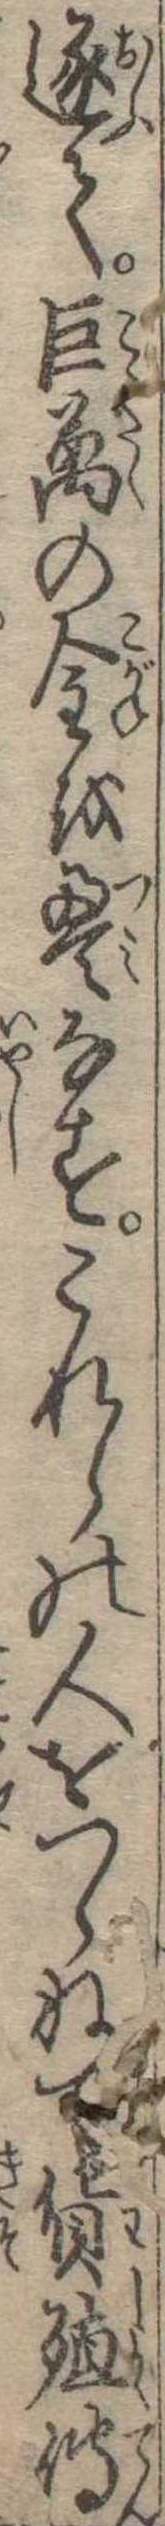
逐て巨万の金を畳なすこれらの人をつらねて貨殖伝